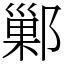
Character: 鄛